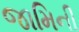
જામિની